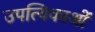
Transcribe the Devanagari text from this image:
उपत्यिकाओं